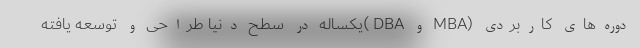
دوره‌های کاربردی (MBA و DBA )یکساله در سطح دنیا طراحی و توسعه یافته